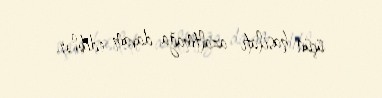
üçün hasilatı azaltmağa davam ediblər.